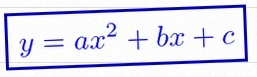
y=ax^2+bx+c